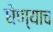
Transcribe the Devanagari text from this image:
घेण्याच